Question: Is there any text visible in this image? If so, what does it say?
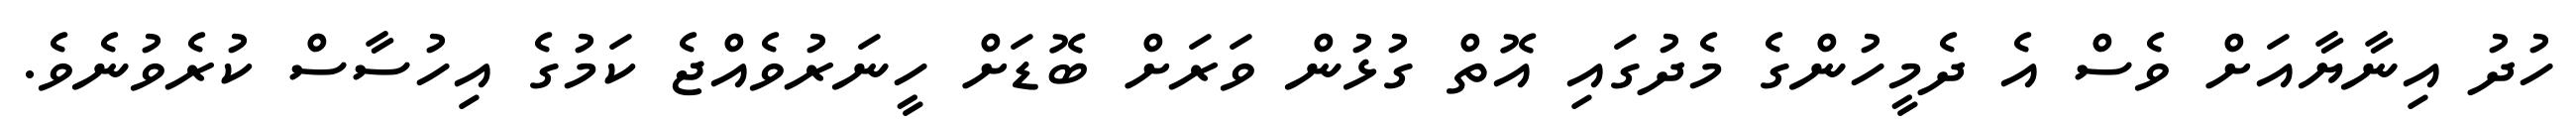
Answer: ހުދު އިނާޔާއަށް ވެސް އެ ދެމީހުންގެ މެދުގައި އޮތް ގުޅުން ވަރަށް ބޮޑަށް ހީނަރުވެއްޖެ ކަމުގެ އިހުސާސް ކުރެވުނެވެ.